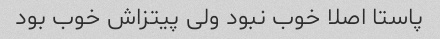
پاستا اصلا خوب نبود ولی پیتزاش خوب بود